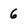
Character: 6